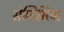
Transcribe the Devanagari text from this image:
सेप्टिमिया